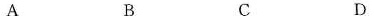
A B C D